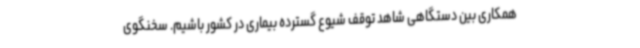
همکاری بین دستگاهی شاهد توقف شیوع گسترده بیماری در کشور باشیم. سخنگوی